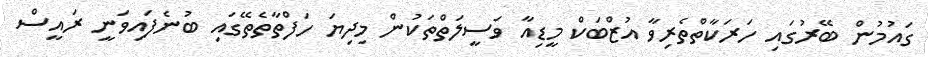
ގައުމުން ބޭރުގައި ހަރަކާތްތެރިވާ އުޒްބަކް މީޑިއާ ވަސީލަތްތަކުން މިދިޔަ ހަފްތާތެތޭގައި ބުނެފައިވަނީ ރައީސް